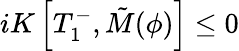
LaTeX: iK\left[T_{1}^{-},\tilde{M}({\phi})\right]\leq 0